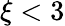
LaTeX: \xi<3